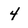
Character: 4